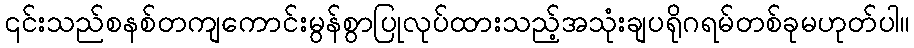
၎င်းသည်စနစ်တကျကောင်းမွန်စွာပြုလုပ်ထားသည့်အသုံးချပရိုဂရမ်တစ်ခုမဟုတ်ပါ။